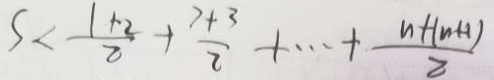
S < \frac { 1 + 2 } { 2 } + \frac { 7 + 3 } { 2 } + \cdots + \frac { n + ( n + 1 ) } { 2 }